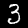
Label: 3